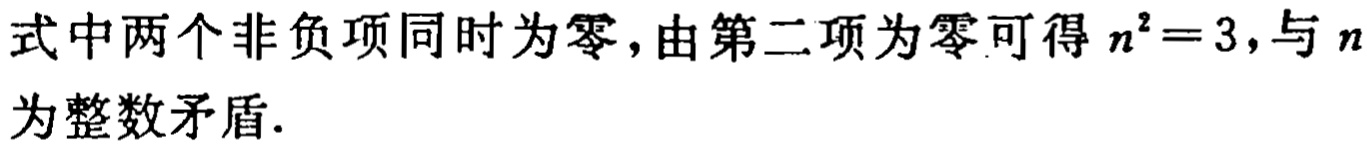
式中两个非负项同时为零,由第二项为零可得 \(n^{2}=3\),与 \(n\)为整数矛盾.